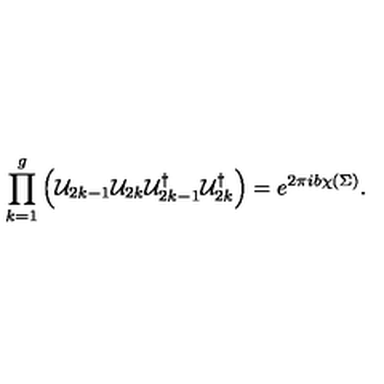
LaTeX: \prod _ { k = 1 } ^ { g } \left( { \cal U } _ { 2 k - 1 } { \cal U } _ { 2 k } { \cal U } _ { 2 k - 1 } ^ { \dagger } { \cal U } _ { 2 k } ^ { \dagger } \right) = e ^ { 2 \pi i b \chi ( \Sigma ) } .